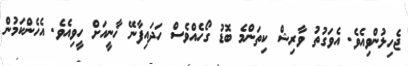
ޖެހިލުންވިއެވެ. އެވަގުތު ވާރިޝް ކިތަންމެ ބޮޑު ގޯހެއްވެސް ހަދައިފާނޭ ޚާނީއަށް ހީވިއެވެ. އެހެންކަމުން